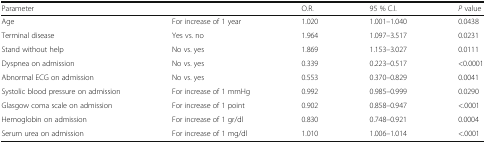
| Parameter |  | O.R. | 95 % C.I. | P value |
 | --- | --- | --- | --- | --- |
 | Age | For increase of 1 year | 1.020 | 1.001–1.040 | 0.0438 |
 | Terminal disease | Yes vs. no | 1.964 | 1.097–3.517 | 0.0231 |
 | Stand without help | No vs. yes | 1.869 | 1.153–3.027 | 0.0111 |
 | Dyspnea on admission | No vs. yes | 0.339 | 0.223–0.517 | <0.0001 |
 | Abnormal ECG on admission | No vs. yes | 0.553 | 0.370–0.829 | 0.0041 |
 | Systolic blood pressure on admission | For increase of 1 mmHg | 0.992 | 0.985–0.999 | 0.0290 |
 | Glasgow coma scale on admission | For increase of 1 point | 0.902 | 0.858–0.947 | <.0001 |
 | Hemoglobin on admission | For increase of 1 gr/dl | 0.830 | 0.748–0.921 | 0.0004 |
 | Serum urea on admission | For increase of 1 mg/dl | 1.010 | 1.006–1.014 | <.0001 |